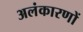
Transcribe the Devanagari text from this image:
अलंकारणों